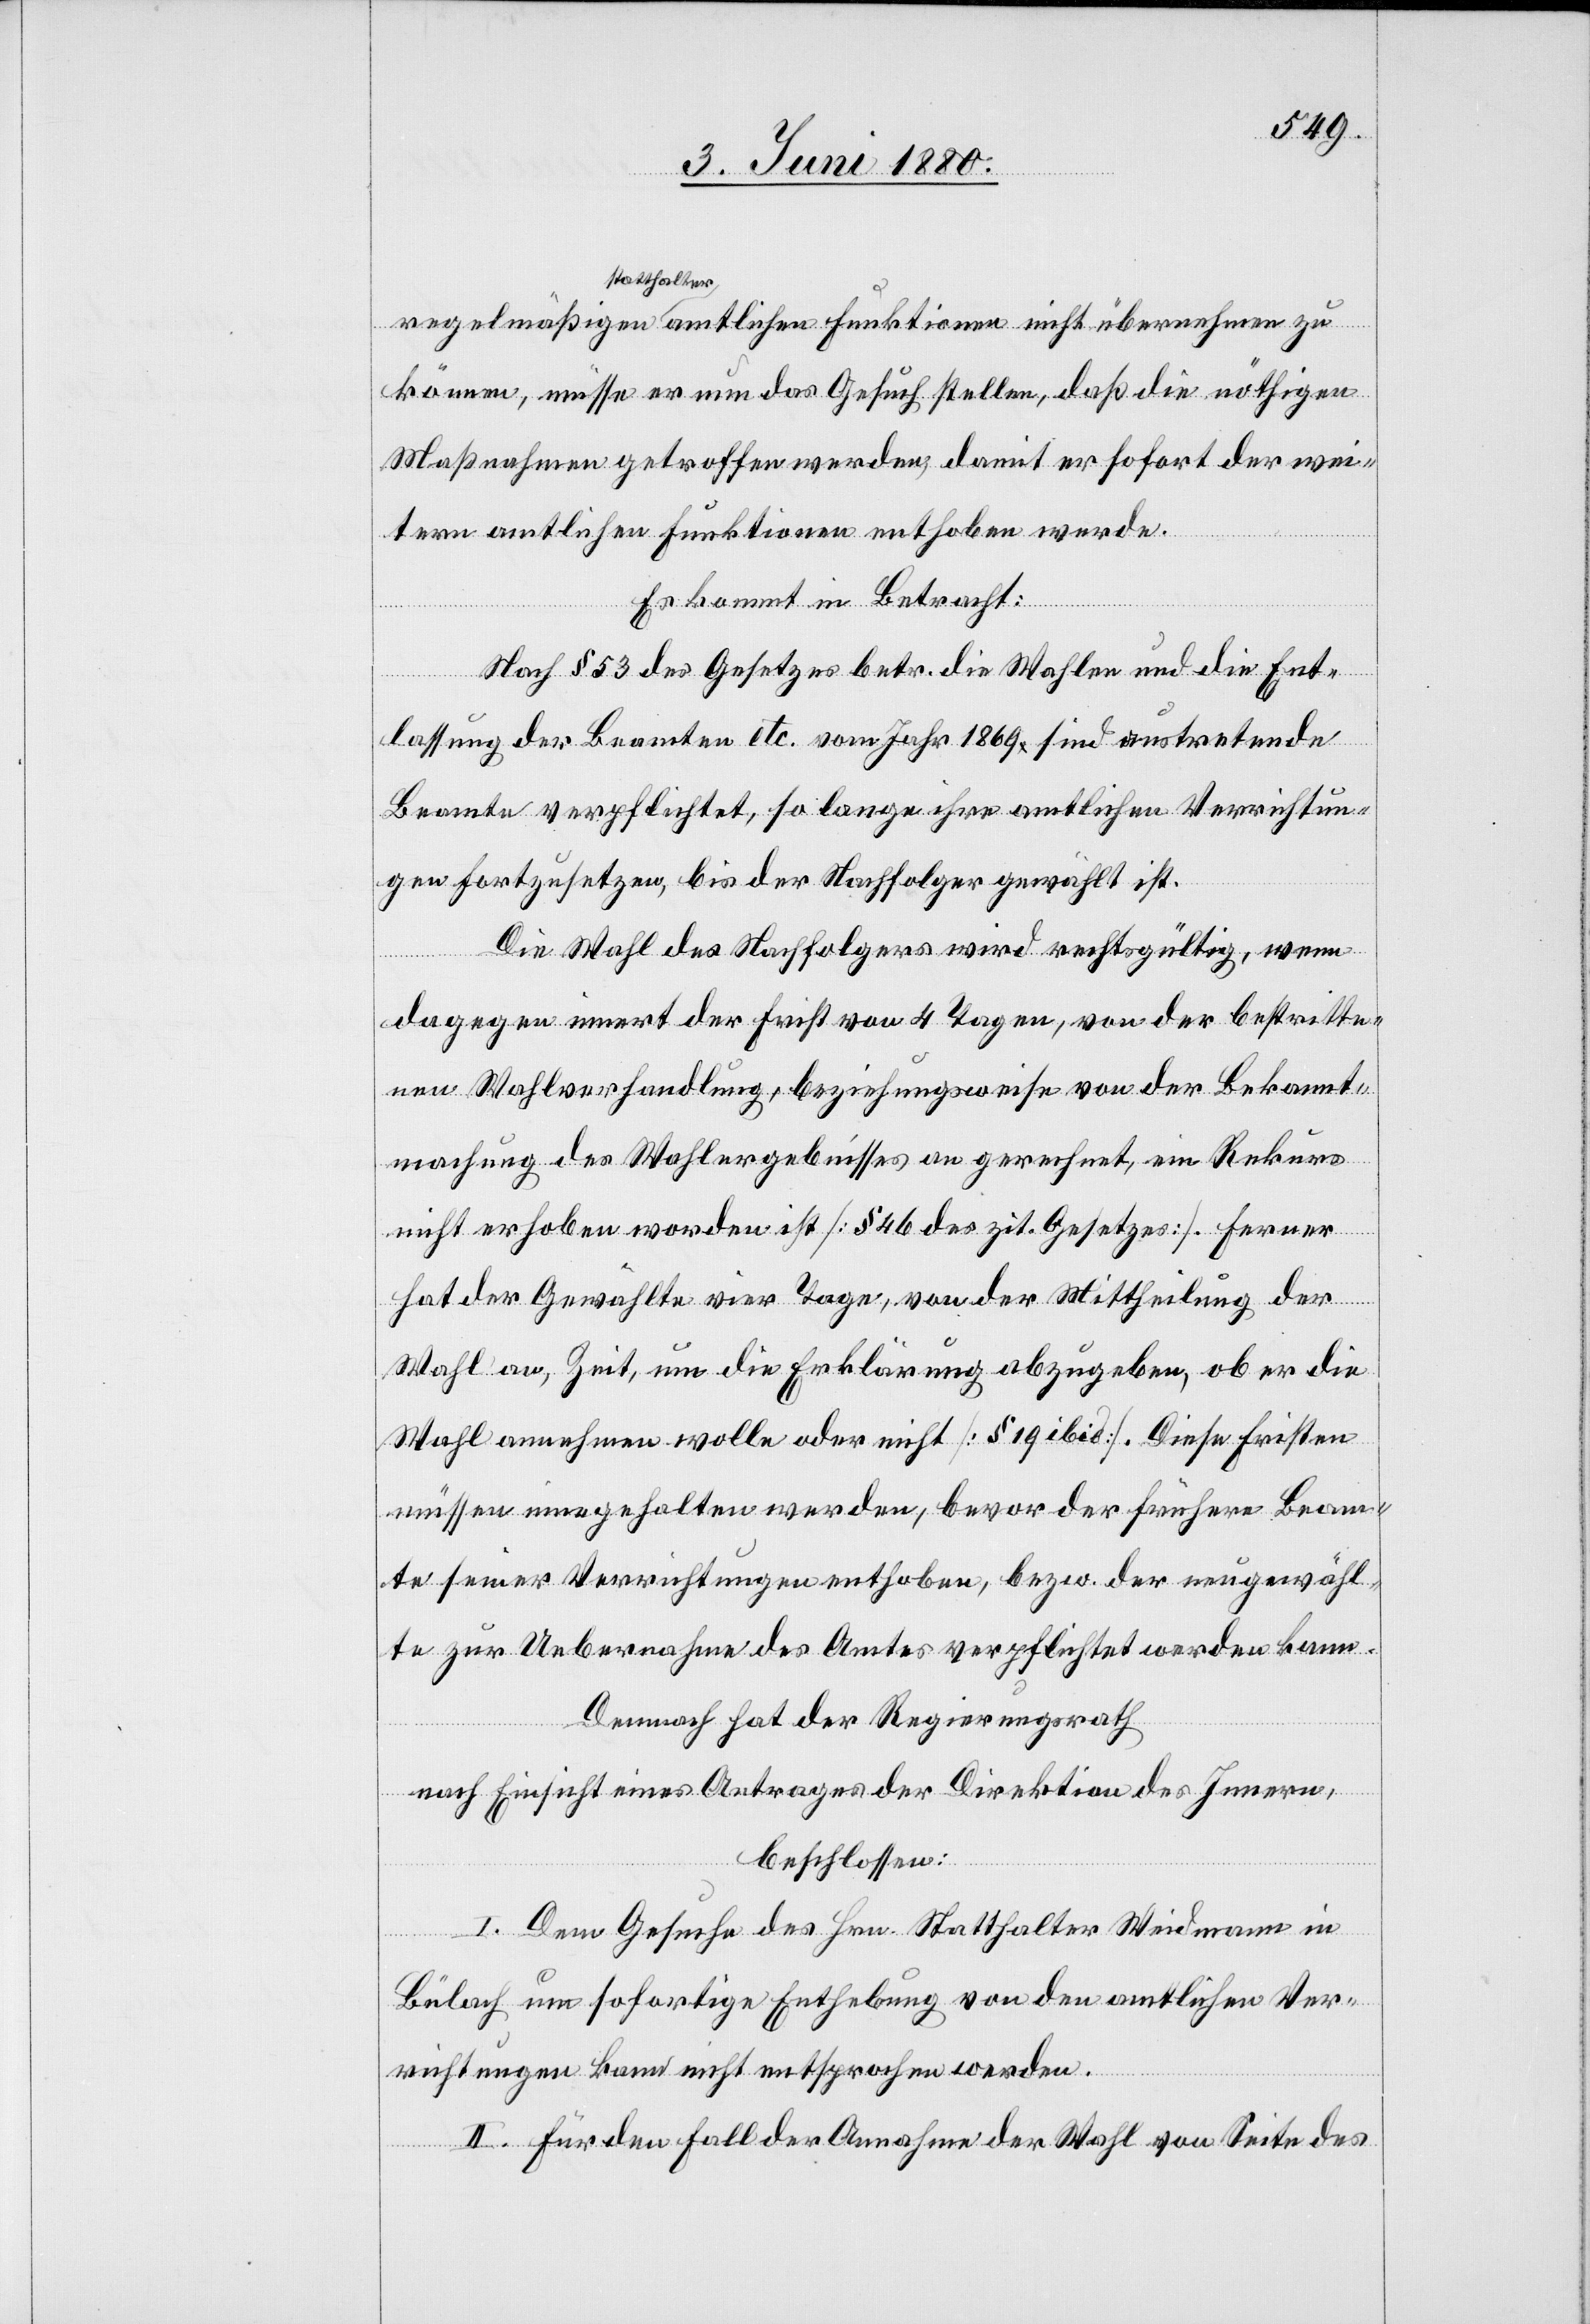
statthalter¬
können, müsse er nun das Gesuch stellen, daß die nöthigen
Maßnahmen getroffen werden, damit er sofort der wei¬
tern amtlichen Funktionen enthoben werde.
Es kommt in Betracht:
Nach § 53 des Gesetzes betr. die Wahlen und die Ent¬
nehmen
lassung der Beamten etc. vom Jahr 1869 sind austretende
Beamte verpflichtet, so lange ihre amtlichen Verrichtun¬
gen fortzusetzen, bis der Nachfolger gewählt ist.
Die Wahl des Nachfolgers wird rechtsgültig, wenn
dagegen innert der Frist von 4 Tagen, von der bestritte¬
nen Wahlverhandlung, beziehungsweise von der Bekannt¬
machung des Wahlergebnisses an gerechnet, ein Rekurs
nicht erhoben worden ist [§ 46 des zit. Gesetzes]. Ferner
zu
hat der Gewählte vier Tage, von der Mittheilung der
Wahl an, Zeit, um die Erklärung abzugeben, ob er die
Wahl annehmen wolle oder nicht [§ 19 ibid:]. Diese Fristen
müssen innegehalten werden, bevor der frühere Beam¬
te seiner Verrichtungen enthoben, bezw. der neugewähl¬
te zur Uebernahme des Amtes verpflichtet werden kann.
Demnach hat der Regierungsrath
nach Einsicht eines Antrages der Direktion des Innern,
beschlossen:
I. Dem Gesuche des Hrn. Statthalter Weidmann in
Bülach um sofortige Enthebung von den amtlichen Ver¬
richtungen kann nicht entsprochen werden.
II. Für den Fall der Annahme der Wahl von Seite des